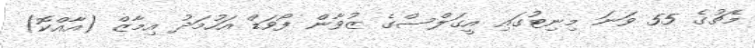
މެޗުގެ 55 ވަނަ މިނިޓުގައި އީގަލްސްގެ ޒުވާން ފޯވަޑް އަހުމަދު އިމާޒް (އާއްކޮ)